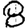
Digit: 8